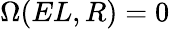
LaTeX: \Omega(EL,R)=0